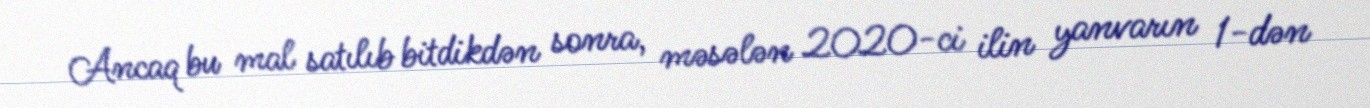
Ancaq bu mal satılıb bitdikdən sonra, məsələn 2020-ci ilin yanvarın 1-dən